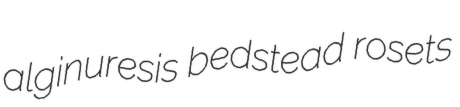
alginuresis bedstead rosets